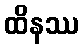
ထိနဿ